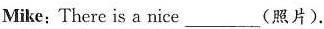
Mike;There is a nice_________(照片).